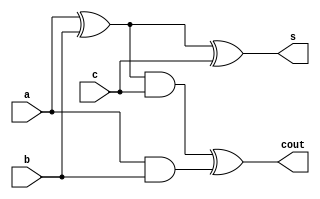
module fulladder (s, cout, a, b, c);
 input a, b, c;
 output s, cout;
 wire s1, c1, c2;
  
 xor G1(s1, a, b), G2(s, s1, c), G3 (cout, c2, c1);
 and G4(c1, a, b), G5(c2, s1, c);
endmodule